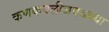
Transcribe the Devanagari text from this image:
कणकवलीजवळ्च्या